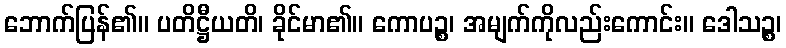
ဘောက်ပြန်၏။ ပတိဋ္ဌီယတိ၊ ခိုင်မာ၏။ ကောပဉ္စ၊ အမျက်ကိုလည်းကောင်း။ ဒေါသဉ္စ၊